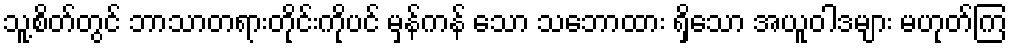
သူ့စိတ်တွင် ဘာသာတရားတိုင်းကိုပင် မှန်ကန် သော သဘောထား ရှိသော အယူဝါဒများ မဟုတ်ကြ